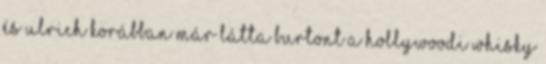
és Ulrich korábban már látta Burtont a hollywoodi Whisky